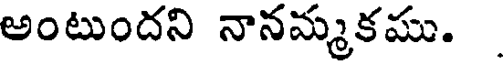
అంటుందని నానమ్మకము.